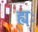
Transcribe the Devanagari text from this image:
ह्यः